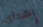
إهدأي